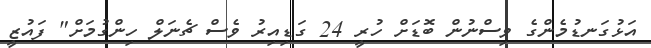
އަޅުގަނޑުމެންގެ ވިސްނުން ބޮޑަށް ހުރީ 24 ގަޑިއިރު ވެސް ޗެނަލް ހިންގުމަށް" ފައުޒީ